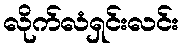
လိုက်လံရှင်းလင်း